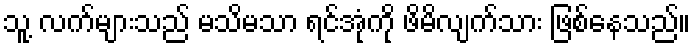
သူ့ လက်များသည် မသိမသာ ရင်အုံကို ဖိမိလျက်သား ဖြစ်နေသည်။